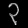
Digit: ၃